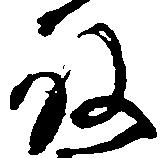
殿